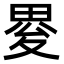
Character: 𤲋